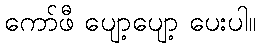
ကော်ဖီ ပျော့ပျော့ ပေးပါ။